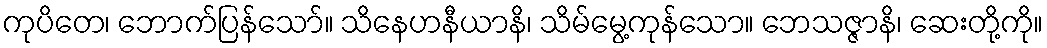
ကုပိတေ၊ ဘောက်ပြန်သော်။ သိနေဟနီယာနိ၊ သိမ်မွေ့ကုန်သော။ ဘေသဇ္ဇာနိ၊ ဆေးတို့ကို။